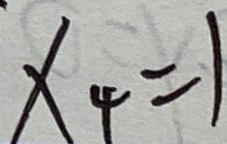
x _ { 4 } = 1